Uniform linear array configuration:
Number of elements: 32
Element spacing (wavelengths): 0.25
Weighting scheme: hamming
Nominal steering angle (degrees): -30
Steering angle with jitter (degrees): -28.343
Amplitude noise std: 0.05
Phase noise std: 0.05

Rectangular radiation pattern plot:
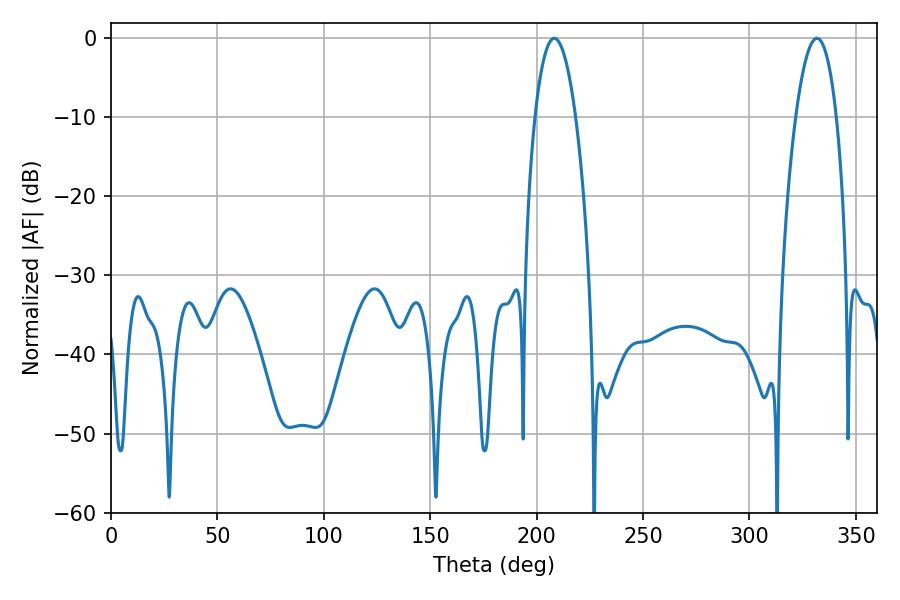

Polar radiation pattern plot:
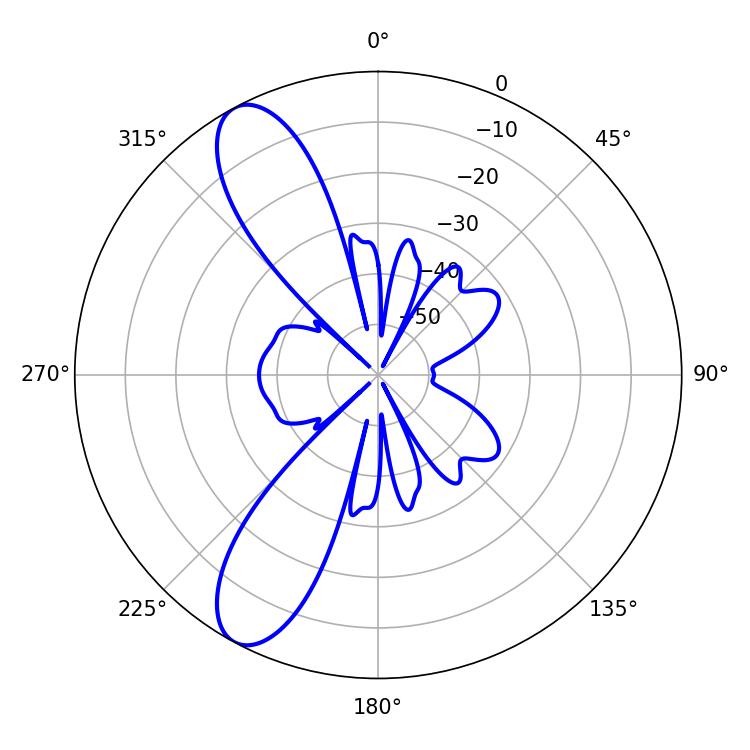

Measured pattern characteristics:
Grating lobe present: FALSE
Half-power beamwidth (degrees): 10.62
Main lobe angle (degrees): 208.26